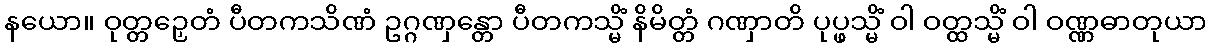
နယော။ ဝုတ္တဉှေတံ ပီတကသိဏံ ဥဂ္ဂဏှန္တော ပီတကသ္မိံ နိမိတ္တံ ဂဏှာတိ ပုပ္ဖသ္မိံ ဝါ ဝတ္ထသ္မိံ ဝါ ဝဏ္ဏဓာတုယာ